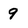
Character: 9